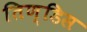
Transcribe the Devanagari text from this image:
तिण्डिस